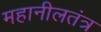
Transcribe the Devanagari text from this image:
महानीलतंत्र